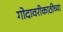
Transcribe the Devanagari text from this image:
गोदावरीकाठीच्या